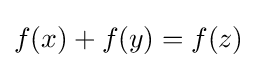
f(x)+f(y)=f(z)